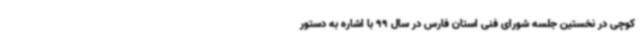
کوچی در نخستین جلسه شورای فنی استان فارس در سال 99 با اشاره به دستور